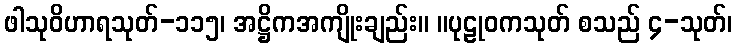
ဖါသုဝိဟာရသုတ်-၁၁၅၊ အဋ္ဌိကအကျိုးချည်း။ ။ပုဠုဝကသုတ် စသည် ၄-သုတ်၊